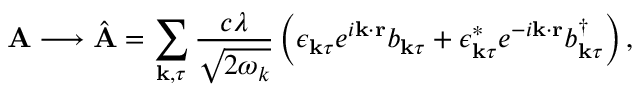
\mathbf { A } \longrightarrow \hat { \mathbf { A } } = \sum _ { \mathbf { k } , \tau } \frac { c \lambda } { \sqrt { 2 \omega _ { k } } } \left( \boldsymbol { \epsilon } _ { \mathbf { k } \tau } e ^ { i \mathbf { k } \cdot \mathbf { r } } b _ { \mathbf { k } \tau } + \boldsymbol { \epsilon } _ { \mathbf { k } \tau } ^ { * } e ^ { - i \mathbf { k } \cdot \mathbf { r } } b _ { \mathbf { k } \tau } ^ { \dagger } \right) ,